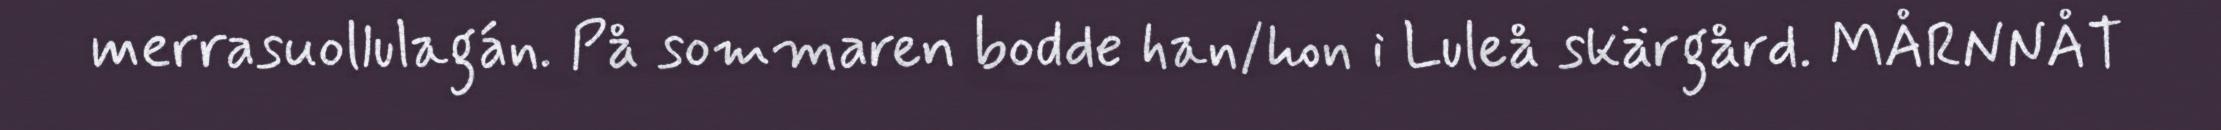
merrasuollulagán. På sommaren bodde han/hon i Luleå skärgård. MÅRNNÅT